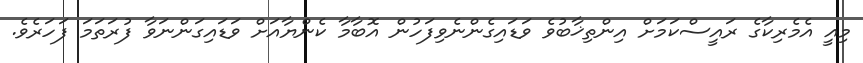
މިއީ އެމެރިކާގެ ރައީސްކަމަށް އިންތިޚާބުވެ ވަޑައިގެންނެވިފަހުން އޮބާމާ ކެންޔާއަށް ވަޑައިގަންނަވާ ފުރަތަމަ ފަހަރެވެ.